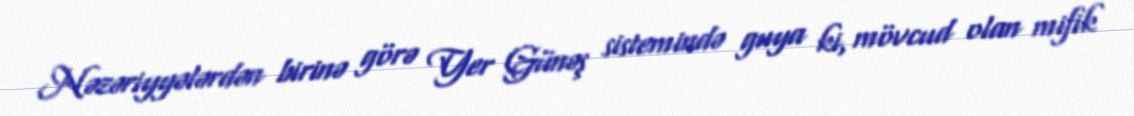
Nəzəriyyələrdən birinə görə Yer Günəş sistemində guya ki, mövcud olan mifik